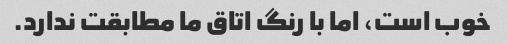
خوب است، اما با رنگ اتاق ما مطابقت ندارد.